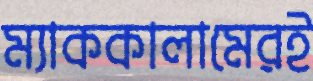
ম্যাককালামেরই